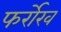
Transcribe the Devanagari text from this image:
फर्रोख